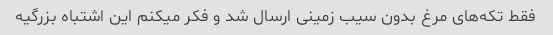
فقط تکه‌های مرغ بدون سیب زمینی ارسال شد و فکر میکنم این اشتباه بزرگیه